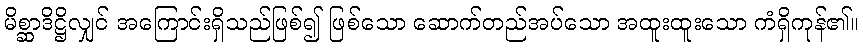
မိစ္ဆာဒိဋ္ဌိလျှင် အကြောင်းရှိသည်ဖြစ်၍ ဖြစ်သော ဆောက်တည်အပ်သော အထူးထူးသော ကံရှိကုန်၏။